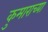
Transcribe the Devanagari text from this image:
कुमाराच्या